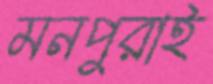
মনপুরাই